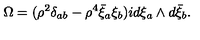
\Omega = ( { \rho } ^ { 2 } \delta _ { a b } - { \rho } ^ { 4 } \bar { \xi } _ { a } \xi _ { b } ) i d \xi _ { a } \wedge d \bar { \xi } _ { b } .